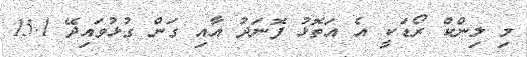
މި ލިންކް ރޯޑަކީ އެ އަތޮޅު ފޮނަދު އާއި ގަން ގުޅުވައިދޭ 15.1